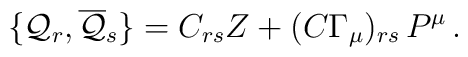
\{ {\cal{Q}}_r, \overline{{\cal{Q}}}_s\} = C_{rs} {Z} + (C \Gamma_\mu) _{rs} \,P^\mu \, .